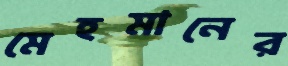
মেহমানের